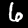
Digit: 6